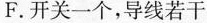
F. 开关一个，导线若干